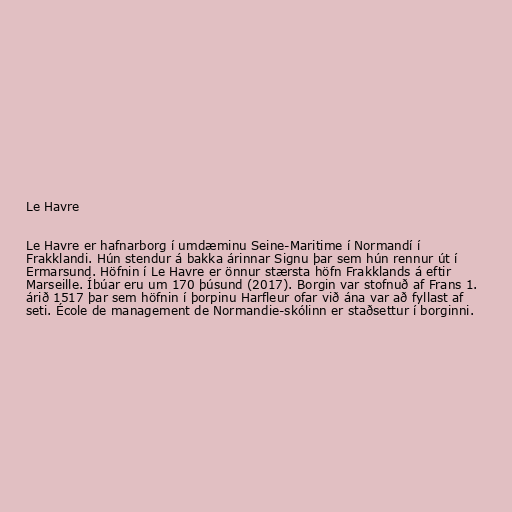
Le Havre

Le Havre er hafnarborg í umdæminu Seine-Maritime í Normandí í
Frakklandi. Hún stendur á bakka árinnar Signu þar sem hún rennur út í
Ermarsund. Höfnin í Le Havre er önnur stærsta höfn Frakklands á eftir
Marseille. Íbúar eru um 170 þúsund (2017). Borgin var stofnuð af Frans 1.
árið 1517 þar sem höfnin í þorpinu Harfleur ofar við ána var að fyllast af
seti. École de management de Normandie-skólinn er staðsettur í borginni.